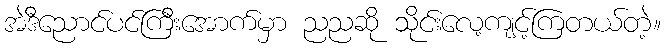
အဲဒီညောင်ပင်ကြီးအောက်မှာ ညညဆို သိုင်းလေ့ကျင့်ကြတယ်တဲ့။